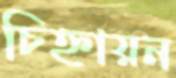
চিহ্নায়ন